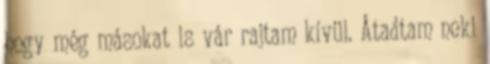
hogy még másokat is vár rajtam kívül. Átadtam neki